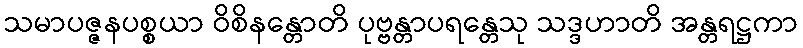
သမာပဇ္ဇနပစ္စယာ ဝိစိနန္တောတိ ပုဗ္ဗန္တာပရန္တေသု သဒ္ဒဟာတိ အန္တရဋ္ဌကာ